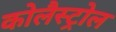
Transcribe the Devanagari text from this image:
कोलैस्ट्रोल